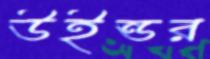
উইন্ডর